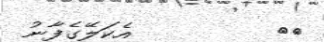
٥٤         އެކަލޭގެފާނު